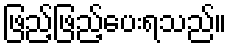
ဖြည့်ဖြည့်ပေးရသည်။